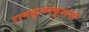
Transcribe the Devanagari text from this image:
रामकृष्णबुवांनी